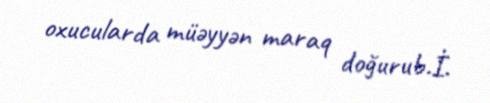
oxucularda müəyyən maraq doğurub.İ.